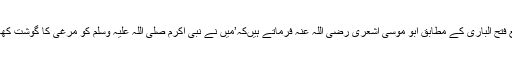
صحیح بخاری مع فتح الباری کے مطابق ابو موسیٰ اشعری رضی اللہ عنہ فرماتے ہیںکہ’میں نے نبی اکرم صلی اللہ علیہ وسلم کو مرغی کا گوشت کھاتے ہوئے دیکھا۔